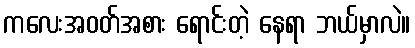
ကလေးအဝတ်အစား ရောင်းတဲ့ နေရာ ဘယ်မှာလဲ။